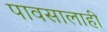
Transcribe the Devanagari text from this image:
पावसालाही